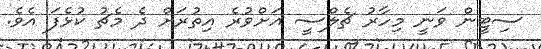
ސިޓީން ވަނީ މިހާރު ޗެލްސީ އަށްވުރެ އިތުރަށް ދެ މެޗު ކުޅެފަ އެވެ.